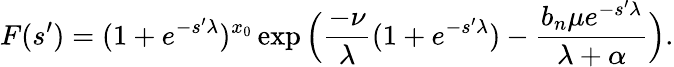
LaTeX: F(s^{\prime})=(1+e^{-s^{\prime}\lambda})^{x_{0}}\exp\Big(\frac{-\nu}{\lambda}(1+e^{-s^{\prime}\lambda})-\frac{b_{n}\mu e^{-s^{\prime}\lambda}}{\lambda+\alpha}\Big).